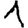
Digit: 1